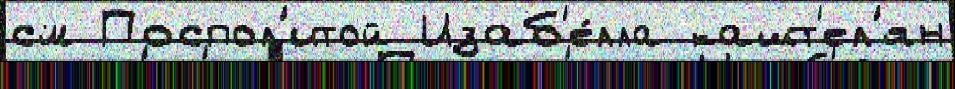
см Поспол'итой Изаб'е́лла кашт'ел'ян